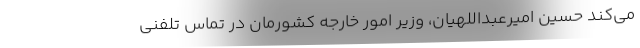
می‌کند حسین امیرعبداللهیان، وزیر امور خارجه کشورمان در تماس تلفنی